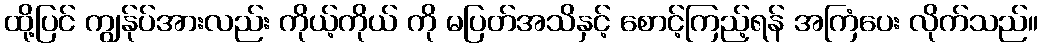
ထို့ပြင် ကျွန်ုပ်အားလည်း ကိုယ့်ကိုယ် ကို မပြတ်အသိနှင့် စောင့်ကြည့်ရန် အကြံပေး လိုက်သည်။